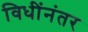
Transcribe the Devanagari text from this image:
विधींनंतर